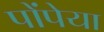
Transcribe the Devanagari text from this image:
पोंपेया